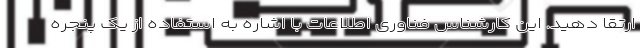
ارتقا دهید. این کارشناس فناوری اطلاعات با اشاره به استفاده از یک پنجره